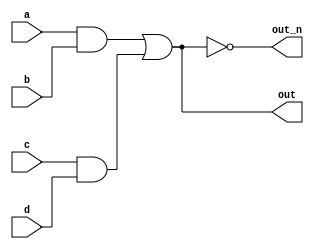
`default_nettype none
module top_module(
    input a,
    input b,
    input c,
    input d,
    output out,
    output out_n   ); 

    wire wire1, wire2;
    assign wire1 = a & b;
    assign wire2 = c & d;

    assign out = wire1 | wire2;
    assign out_n = ~out;

endmodule